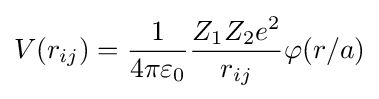
V(r_{ij})={1 \over 4\pi \varepsilon _{0}}{Z_{1}Z_{2}e^{2} \over r_{ij}}\varphi (r/a)